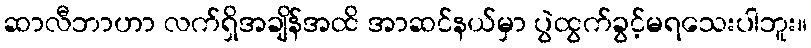
ဆာလီဘာဟာ လက်ရှိအချိန်အထိ အာဆင်နယ်မှာ ပွဲထွက်ခွင့်မရသေးပါဘူး။